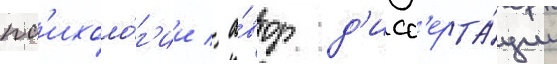
пс'ихоло́г'ии / а́втор д'исс'ерта́ции